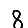
Digit: 8